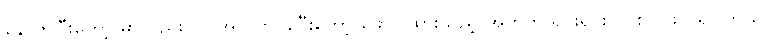
နောက်ပြီးတော့ မှာလည်း လ အလိုက် ခွဲပြီးတော့ ဖော်ပြထားသည့် အတွက် ရှင်းရှင်းလင်းလင်း ပိုရှိပါတယ်။